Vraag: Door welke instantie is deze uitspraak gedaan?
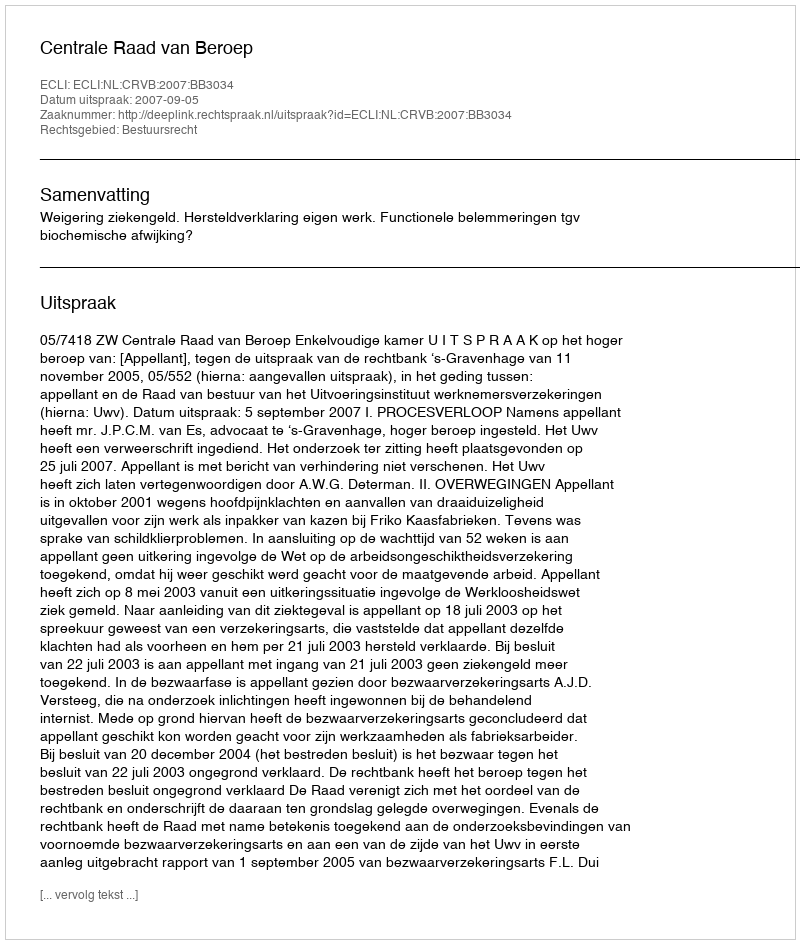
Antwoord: Centrale Raad van Beroep